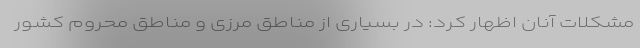
مشکلات آنان اظهار کرد: در بسیاری از مناطق مرزی و مناطق محروم کشور